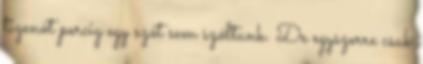
tizenöt percig egy szót sem szóltunk. De egyszerre csak